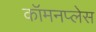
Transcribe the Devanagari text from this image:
कॉमनप्लेस